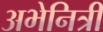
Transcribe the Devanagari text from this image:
अभेनित्री